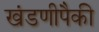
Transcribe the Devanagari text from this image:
खंडणीपैकी